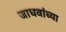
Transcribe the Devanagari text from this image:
जाधवांच्या